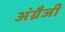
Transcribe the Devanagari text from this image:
अंग्रैजी